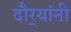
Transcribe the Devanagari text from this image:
दौर्‍यांनी